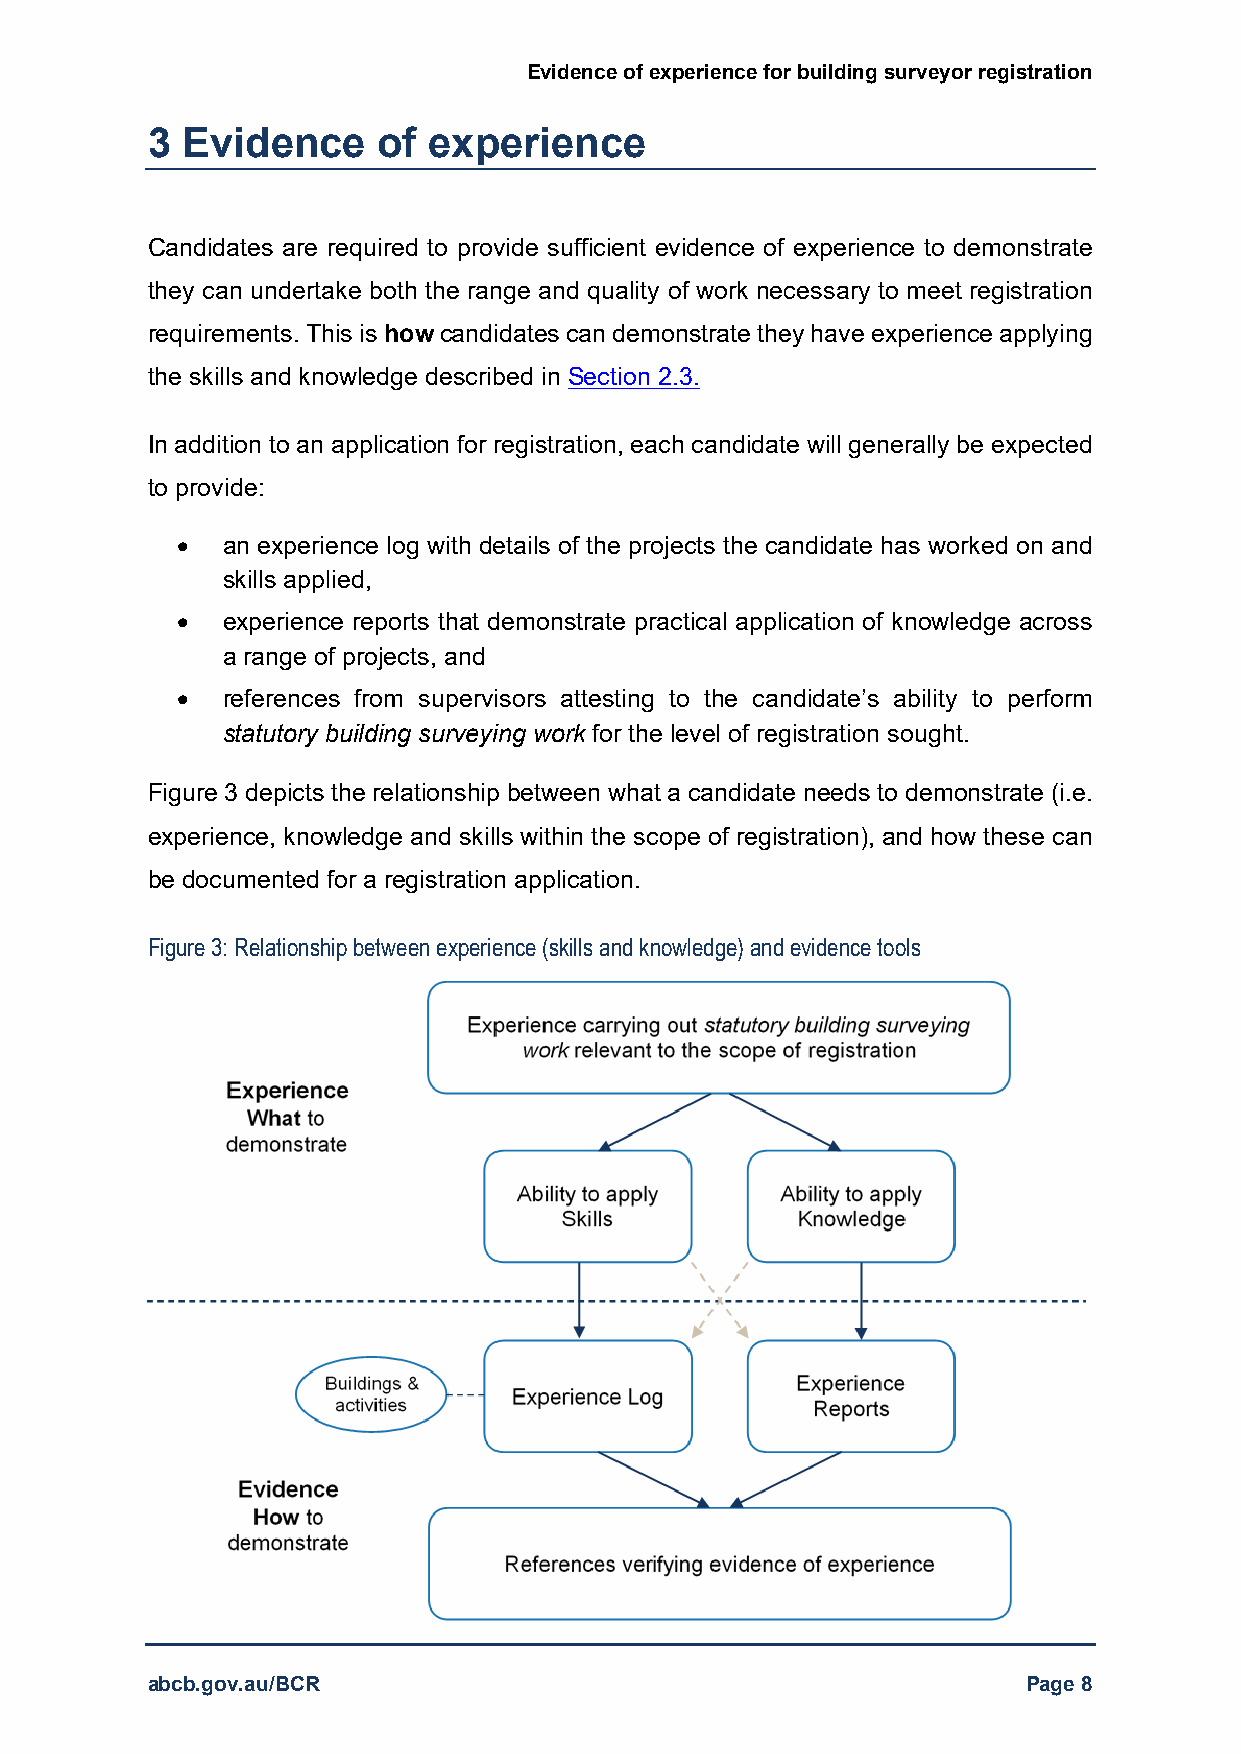
Evidence of experience for building surveyor registration
 3 Evidence     of experience
 Candidates are required to provide sufficient evidence of experience to demonstrate
 they can undertake both the range and quality of work necessary to meet registration
 requirements. This is how candidates can demonstrate they have experience applying
 the skills and knowledge described in Section 2.3.
 In addition to an application for registration, each candidate will generally be expected
 to provide:
   an experience log with details of the projects the candidate has worked on and
 skills applied,
   experience reports that demonstrate practical application of knowledge across
 a range of projects, and
   references from supervisors attesting to the candidate’s ability to perform
 statutory building surveying work for the level of registration sought.
 Figure 3 depicts the relationship between what a candidate needs to demonstrate (i.e.
 experience, knowledge and skills within the scope of registration), and how these can
 be documented for a registration application.
 Figure 3: Relationship between experience (skills and knowledge) and evidence tools
 abcb.gov.au/BCR                                           Page 8